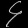
Digit: ၄